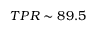
T P R \sim 8 9 . 5 \